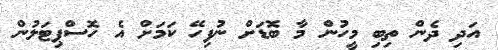
އަދި ދެން ތިބި މީހުން މާ ބޮޑަށް ނުފިހޭ ކަމަށް އެ ހޮސްޕިޓަލުން